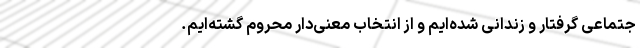
جتماعی گرفتار و زندانی شده‌ایم و از انتخاب معنی‌دار محروم گشته‌ایم.